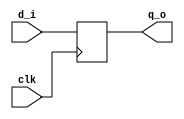
// This program was cloned from: https://github.com/mbaykenar/digital-logic-design
// License: Apache License 2.0

`timescale 1ns / 1ps
//////////////////////////////////////////////////////////////////////////////////
// Company: 
// Engineer: 
// 
// Design Name: 
// Module Name: d_ff
// Project Name: 
// Target Devices: 
// Tool Versions: 
// Description: 
// 
// Dependencies: 
// 
// Revision:
// Revision 0.01 - File Created
// Additional Comments:
// 
//////////////////////////////////////////////////////////////////////////////////


module d_ff
(
input d_i,
input clk,
output q_o
);

reg q;

always@(posedge clk) begin
    q <= d_i;
end

assign q_o = q;

endmodule